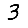
Digit: 3